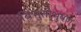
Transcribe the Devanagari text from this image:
बिभुतीभुषण